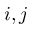
i , j